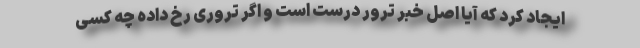
ایجاد کرد که آیا اصل خبر ترور درست است و اگر تروری رخ داده چه کسی